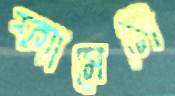
ফ্যামেলি